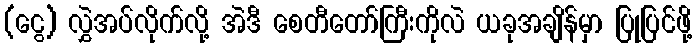
(ငွေ) လွှဲအပ်လိုက်လို့ အဲဒီ စေတီတော်ကြီးကိုလဲ ယခုအချိန်မှာ ပြုပြင်ဖို့